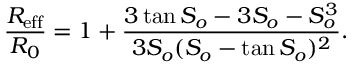
\frac { R _ { \mathrm { e f f } } } { R _ { 0 } } = 1 + \frac { 3 \tan S _ { o } - 3 S _ { o } - S _ { o } ^ { 3 } } { 3 S _ { o } ( S _ { o } - \tan S _ { o } ) ^ { 2 } } .